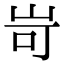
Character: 岢